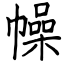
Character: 幧